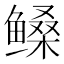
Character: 𱈎